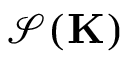
\mathcal { S } ( \mathbf { K } )